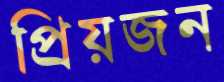
প্রিয়জন